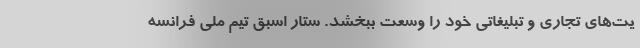
یت‌های تجاری و تبلیغاتی خود را وسعت ببخشد. ستار اسبق تیم ملی فرانسه